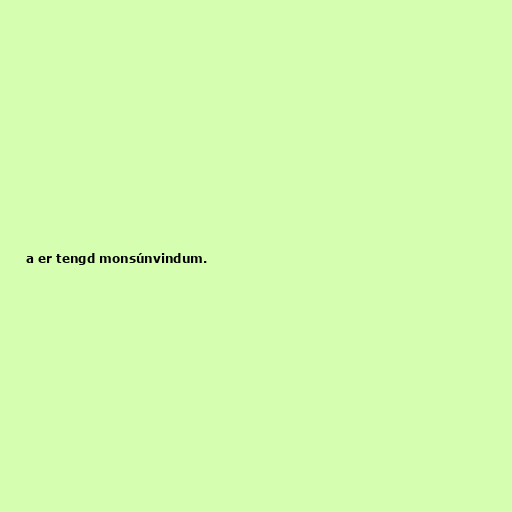
a er tengd monsúnvindum.